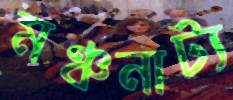
মঞ্চনাট্য